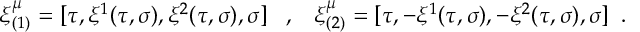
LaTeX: \xi _ { ( 1 ) } ^ { \mu } = [ \tau , \xi ^ { 1 } ( \tau , \sigma ) , \xi ^ { 2 } ( \tau , \sigma ) , \sigma ] \; \; \; , \; \; \; \xi _ { ( 2 ) } ^ { \mu } = [ \tau , - \xi ^ { 1 } ( \tau , \sigma ) , - \xi ^ { 2 } ( \tau , \sigma ) , \sigma ] \; \; .